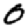
Digit: 0